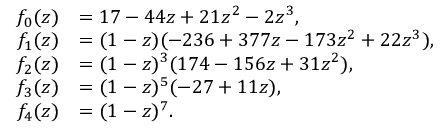
\begin{array} { r l } { f _ { 0 } ( z ) } & { = 1 7 - 4 4 z + 2 1 z ^ { 2 } - 2 z ^ { 3 } , } \\ { f _ { 1 } ( z ) } & { = ( 1 - z ) ( - 2 3 6 + 3 7 7 z - 1 7 3 z ^ { 2 } + 2 2 z ^ { 3 } ) , } \\ { f _ { 2 } ( z ) } & { = ( 1 - z ) ^ { 3 } ( 1 7 4 - 1 5 6 z + 3 1 z ^ { 2 } ) , } \\ { f _ { 3 } ( z ) } & { = ( 1 - z ) ^ { 5 } ( - 2 7 + 1 1 z ) , } \\ { f _ { 4 } ( z ) } & { = ( 1 - z ) ^ { 7 } . } \end{array}